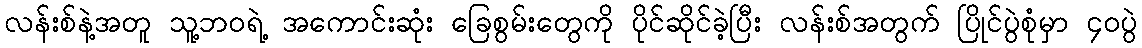
လန်းစ်နဲ့အတူ သူ့ဘဝရဲ့ အကောင်းဆုံး ခြေစွမ်းတွေကို ပိုင်ဆိုင်ခဲ့ပြီး လန်းစ်အတွက် ပြိုင်ပွဲစုံမှာ ၄၀ပွဲ